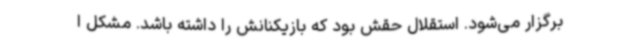
برگزار می‌شود. استقلال حقش بود که بازیکنانش را داشته باشد. مشکل ا